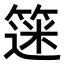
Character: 𫂗